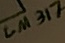
Text: LM317